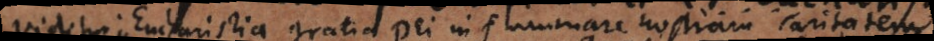
Videtur in Eucharistia gratia Dei inflammare nostram caritatem